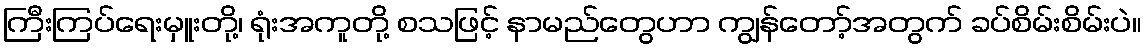
ကြီးကြပ်ရေးမှူးတို့၊ ရုံးအကူတို့ စသဖြင့် နာမည်တွေဟာ ကျွန်တော့်အတွက် ခပ်စိမ်းစိမ်းပဲ။